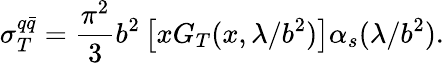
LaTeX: \sigma_{T}^{q\bar{q}}=\frac{\pi^{2}}{3}b^{2}\left[xG_{T}(x,\lambda/b^{2})\right]\alpha_{s}(\lambda/b^{2}).